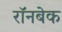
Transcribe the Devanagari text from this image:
रॉनबेक